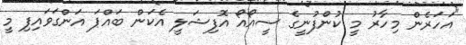
"އަހަރެން މިހާރު މީ ކުންފުނީގެ ސީއޯއޯ އޮފިޝަލީ އެކަން ބައްޕަ އަންގަވައިފި މީ